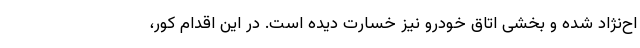
اح‌نژاد شده و بخشی اتاق خودرو نیز خسارت دیده است. در این اقدام کور،